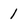
Character: 1